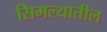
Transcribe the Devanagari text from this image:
सिमल्यातील